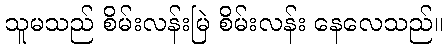
သူမသည် စိမ်းလန်းမြဲ စိမ်းလန်း နေလေသည်။